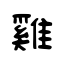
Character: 雞